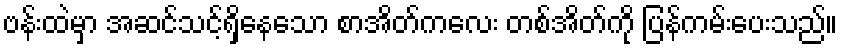
ဗန်းထဲမှာ အဆင်သင့်ရှိနေသော စာအိတ်ကလေး တစ်အိတ်ကို ပြန်ကမ်းပေးသည်။